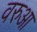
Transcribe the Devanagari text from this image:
वरुआ